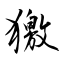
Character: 獥